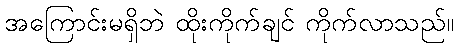
အကြောင်းမရှိဘဲ ထိုးကိုက်ချင် ကိုက်လာသည်။